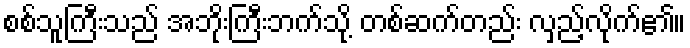
စစ်သူကြီးသည် အဘိုးကြီးဘက်သို့ တစ်ဆက်တည်း လှည့်လိုက်၏။